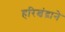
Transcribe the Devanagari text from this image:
हरिश्चंद्राने